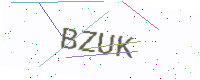
Text: BZUK